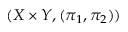
( X \times Y , ( \pi _ { 1 } , \pi _ { 2 } ) )